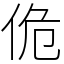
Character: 佹